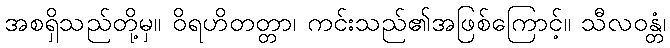
အစရှိသည်တို့မှ။ ဝိရဟိတတ္တာ၊ ကင်းသည်၏အဖြစ်ကြောင့်။ သီလဝန္တံ၊